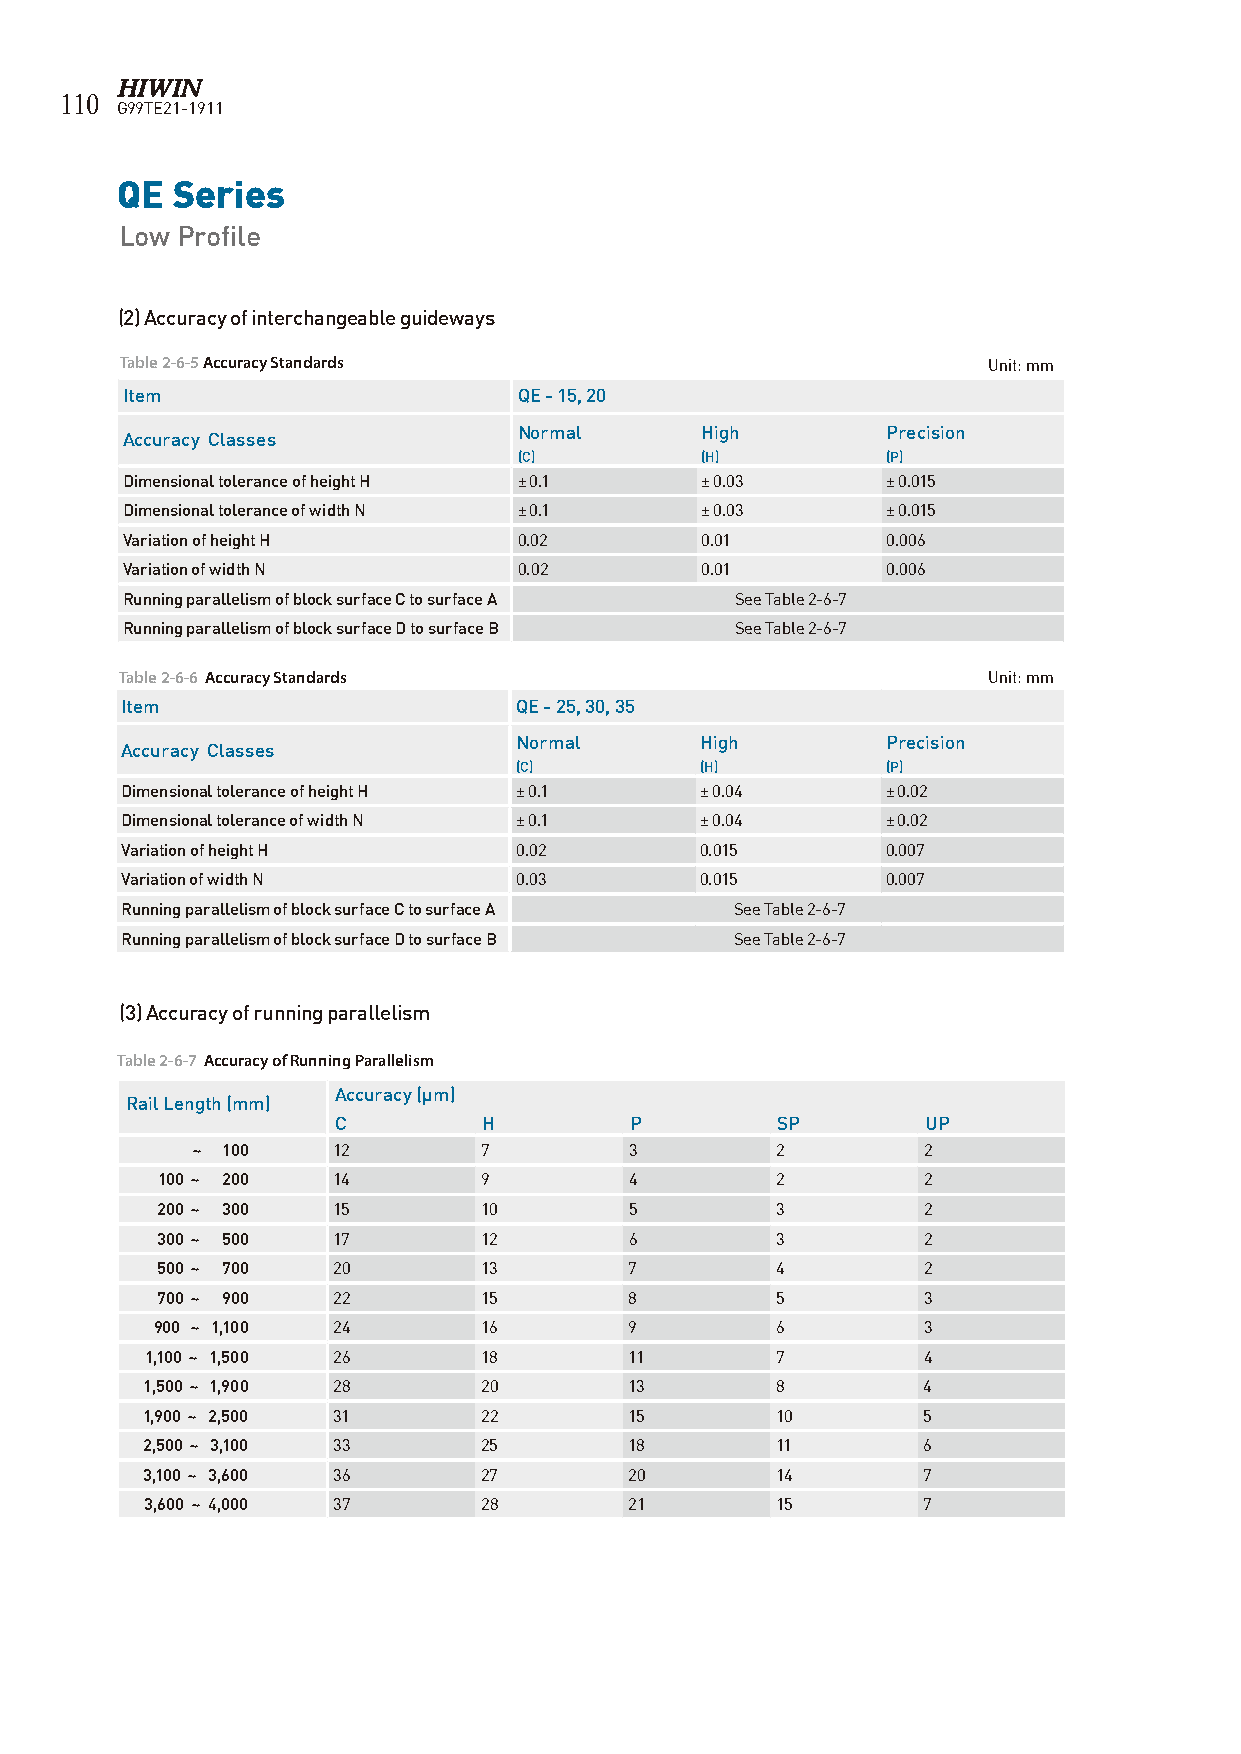
110
 G99TE21-1911
 QE Series
 Low Profile
 (2) Accuracy of interchangeable guideways
 Table 2-6-5 Accuracy Standards                           Unit: mm
 Item                      QE - 15, 20
 Normal      High         Precision
 Accuracy Classes
 (C)         (H)          (P)
 Dimensional tolerance of height H ± 0.1 ± 0.03     ± 0.015
 Dimensional tolerance of width N ± 0.1 ± 0.03      ± 0.015
 Variation of height H     0.02        0.01         0.006
 Variation of width N      0.02        0.01         0.006
 Running parallelism of block surface C to surface A See Table 2-6-7
 Running parallelism of block surface D to surface B See Table 2-6-7
 Table 2-6-6 Accuracy Standards                           Unit: mm
 Item                      QE - 25, 30, 35
 Normal      High         Precision
 Accuracy Classes
 (C)         (H)          (P)
 Dimensional tolerance of height H ± 0.1 ± 0.04     ± 0.02
 Dimensional tolerance of width N ± 0.1 ± 0.04      ± 0.02
 Variation of height H     0.02        0.015        0.007
 Variation of width N      0.03        0.015        0.007
 Running parallelism of block surface C to surface A See Table 2-6-7
 Running parallelism of block surface D to surface B See Table 2-6-7
 (3) Accuracy of running parallelism
 Table 2-6-7 Accuracy of Running Parallelism
 Accuracy (µm)
 Rail Length (mm)
 C         H         P        SP        UP
 ~ 100    12        7         3        2         2
 100 ~ 200   14        9         4        2         2
 200 ~ 300   15        10        5        3         2
 300 ~ 500   17        12        6        3         2
 500 ~ 700   20        13        7        4         2
 700 ~ 900   22        15        8        5         3
 900 ~ 1,100 24        16        9        6         3
 1,100 ~ 1,500 26      18        11       7         4
 1,500 ~ 1,900 28       20        13       8         4
 1,900 ~ 2,500 31       22        15       10        5
 2,500 ~ 3,100 33       25        18       11        6
 3,100 ~ 3,600 36       27        20       14        7
 3,600 ~ 4,000 37      28        21       15        7